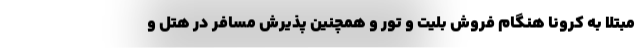
مبتلا به کرونا هنگام فروش بلیت و تور و همچنین پذیرش مسافر در هتل و